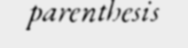
parenthesis